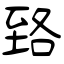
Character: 臵